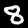
Digit: 8